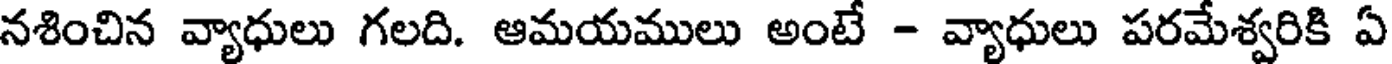
నశించిన వ్యాధులు గలది. ఆమయములు అంటే - వ్యాధులు పరమేశ్వరికి ఏ